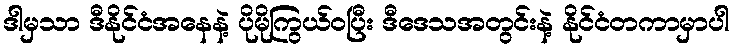
ဒါမှသာ ဒီနိုင်ငံအနေနဲ့ ပိုမိုကြွယ်ဝပြီး ဒီဒေသအတွင်းနဲ့ နိုင်ငံတကာမှာပါ